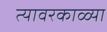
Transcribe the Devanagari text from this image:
त्यावरकाळ्या